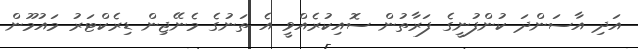
އަދި އާސަންދަ ކުންފުނީގެ ފަރާތުން ސޮއިކުރެއްވީ އެ ތަނުގެ މެނޭޖިން ޑިރެކްޓަރު މައުމޫން